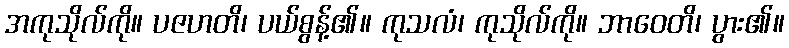
အကုသိုလ်ကို။ ပဇဟတိ၊ ပယ်စွန့်၏။ ကုသလံ၊ ကုသိုလ်ကို။ ဘာဝေတိ၊ ပွား၏။